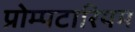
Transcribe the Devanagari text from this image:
प्रोम्पटारियम